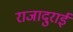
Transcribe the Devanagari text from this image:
राजादुराई